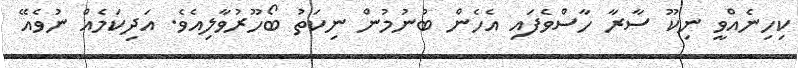
ކިހިނެއްވީ ނިކޫ ސާރާ ހާސްވެފައި އެހެން ބުނުމުން ނިކަތު ބޯހޫރުވާލިއެވެ. އަދިކަމެއް ނުވެއޭ